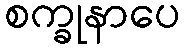
စက္ခုနာပေ